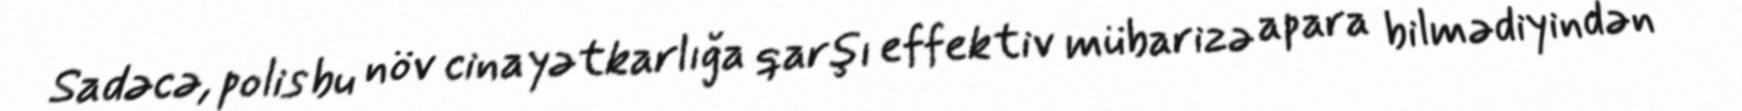
Sadəcə, polis bu növ cinayətkarlığa qarşı effektiv mübarizə apara bilmədiyindən